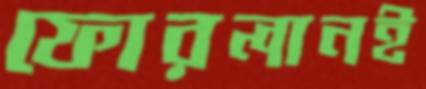
ফোরলানই